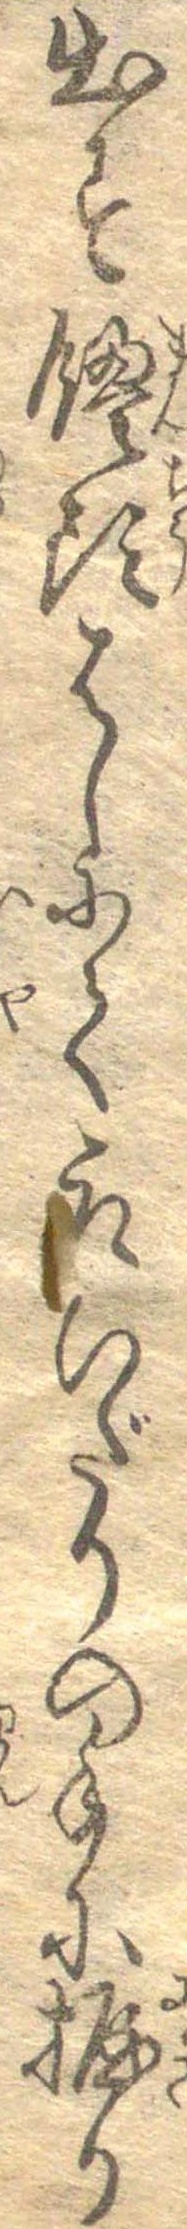
出す饅頭はしにて取ひだりの手に握り